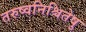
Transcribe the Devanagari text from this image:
तरुष्वनिश्चितेषु